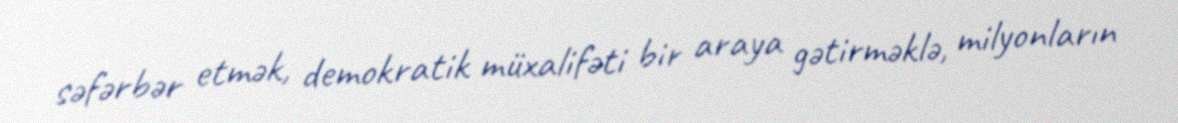
səfərbər etmək, demokratik müxalifəti bir araya gətirməklə, milyonların